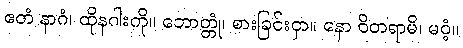
ဧတံ နာဂံ၊ ထိုနဂါးကို။ ဘောတ္တုံ၊ စားခြင်းငှာ။ နော ဝိတရာမိ၊ မဝံ့။